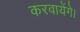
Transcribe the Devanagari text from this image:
करवायेंगे।